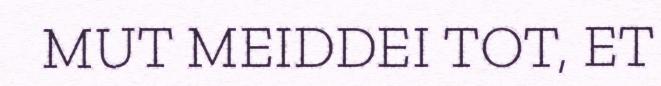
MUT MEIDDEI TOT, ET